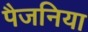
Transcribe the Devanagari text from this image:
पैजनिया